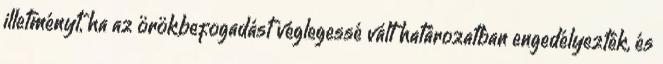
illetményt, ha az örökbefogadást véglegessé vált határozatban engedélyezték, és